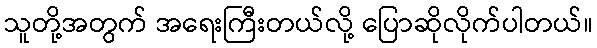
သူတို့အတွက် အရေးကြီးတယ်လို့ ပြောဆိုလိုက်ပါတယ်။